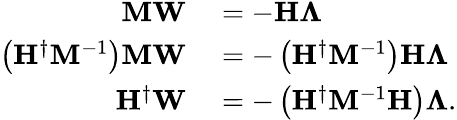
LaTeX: \begin{array}{rl}{\mathbf{M}\mathbf{W}}&{{}=-\mathbf{H}\mathbf{\Lambda}}\\ {\left(\mathbf{H}^{\dagger}\mathbf{M}^{-1}\right)\mathbf{M}\mathbf{W}}&{{}=-\left(\mathbf{H}^{\dagger}\mathbf{M}^{-1}\right)\mathbf{H}\mathbf{\Lambda}}\\ {\mathbf{H}^{\dagger}\mathbf{W}}&{{}=-\left(\mathbf{H}^{\dagger}\mathbf{M}^{-1}\mathbf{H}\right)\mathbf{\Lambda}.}\end{array}